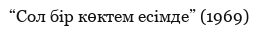
“Сол бір көктем есімде” (1969)